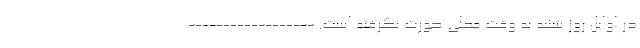
در اوایل روز شنبه به وقت محلی صورت نگرفته است. ------------------